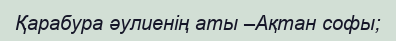
Қарабура әулиенің аты –Ақтан софы;